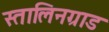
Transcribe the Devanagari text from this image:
स्तालिनग्राड